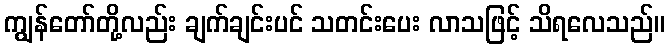
ကျွန်တော်တို့လည်း ချက်ချင်းပင် သတင်းပေး လာသဖြင့် သိရလေသည်။